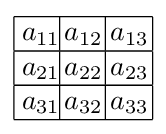
{\begin{array}{|c|c|c|}\hline \!\!\!\;a_{11}\!\!\!&\!\!a_{12}\!\!\!\!\;&\!\!a_{13}\!\!\\\hline \!\!\!\;a_{21}\!\!\!&\!\!a_{22}\!\!\!\!\;&\!\!a_{23}\!\!\\\hline \!\!\!\;a_{31}\!\!\!&\!\!a_{32}\!\!\!\!\;&\!\!a_{33}\!\!\\\hline \end{array}}